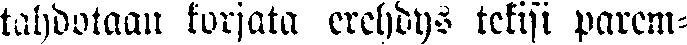
tahdotaan korjata erehdyn tekisi parem-